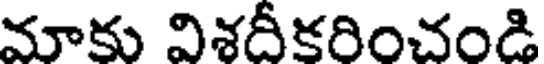
మాకు విశదీకరించండి